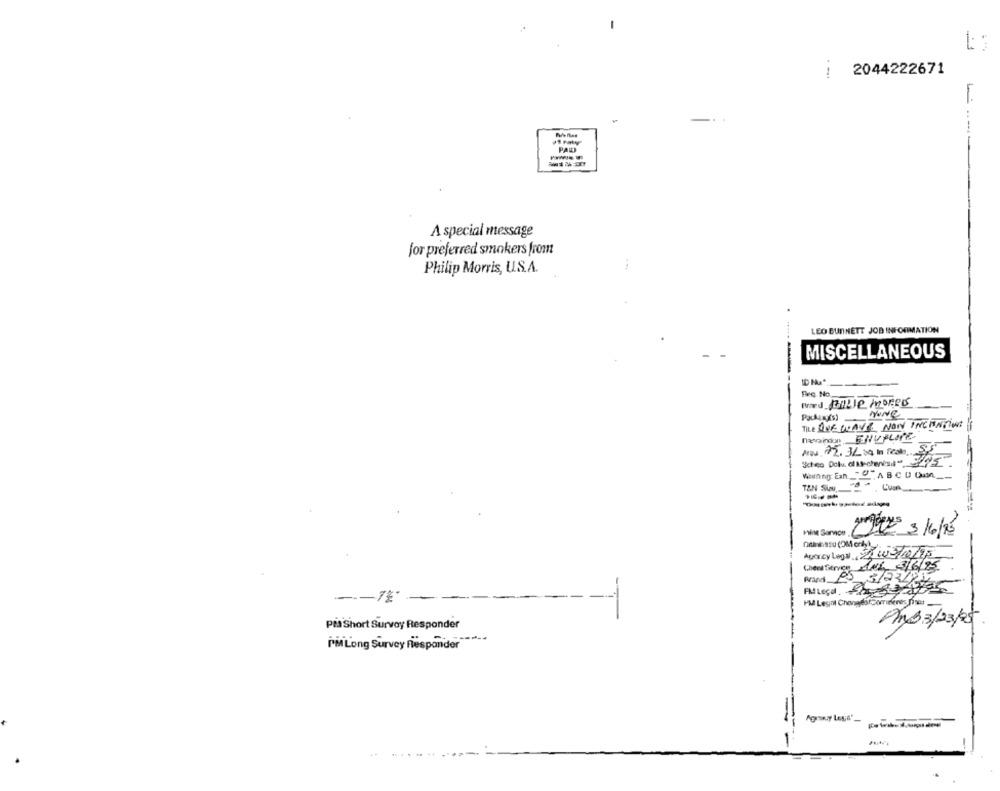
1 :
2044222671
-
A special message
for preferred smokers from
Philip Morris, U.S.A.
LEO BURNETT JOB INFORMATION
MISCELLANEOUS
TILe QUE WAVE NOW INCHIATION
DE 3/6/2
Auercy Legal 2/203/10/75
Prags 20 3/02/25
-
PM Lesint ChongdärComnenes Disar
Pia Short Survey Responder
An 33/23/25
Pil Long Survey Responder
-